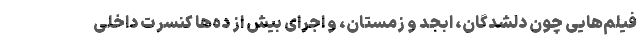
فیلم‌هایی چون دلشدگان، ابجد و زمستان، و اجرای بیش از ده‌ها کنسرت داخلی